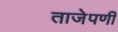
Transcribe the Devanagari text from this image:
ताजेपणी